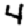
Digit: 4